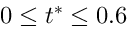
0 \leq t ^ { * } \leq 0 . 6